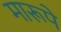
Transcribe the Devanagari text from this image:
मारूपे